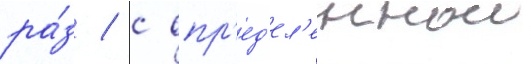
ра́з / с опр'ед'ел'еннои